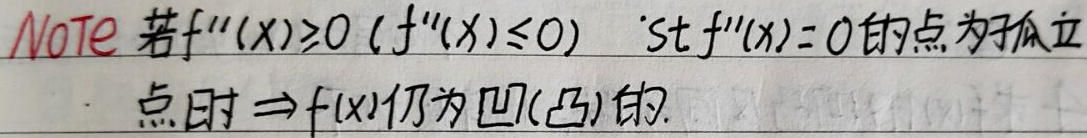
Note：若\(f''(x)\geq0\ (f''(x)\leq0)\)，使得\(f''(x)=0\)的点为孤立点时\(\Rightarrow f(x)\)仍为凹（凸）的。